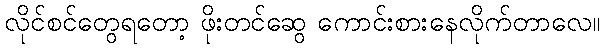
လိုင်စင်တွေရတော့ ဖိုးတင်ဆွေ ကောင်းစားနေလိုက်တာလေ။